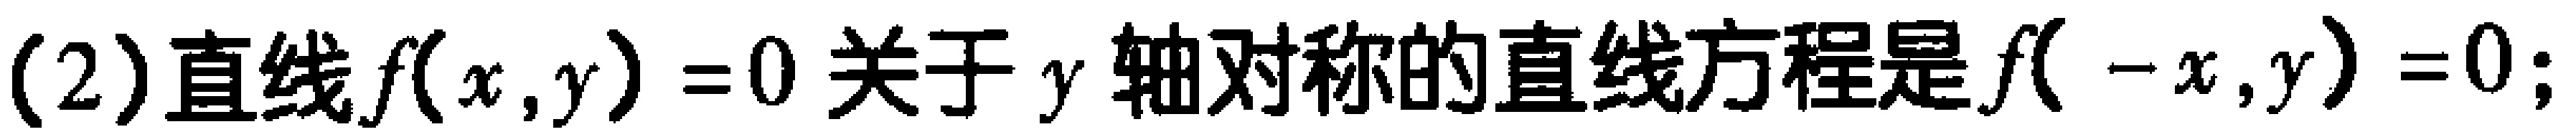
(2)直线\(f(x,y)=0\)关于\(y\)轴对称的直线方程是\(f(-x,y)=0\);